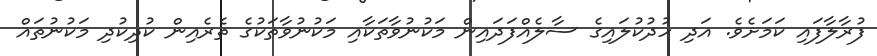
ފުރާލާފައި ކަމަށެވެ. އަދި ހުދުކުލައިގެ ސާލެއްފަދައިން މަކުނުވާތަކާއި މަކުނުވާތަކުގެ ތެރެއިން ކުދިކުދި މަކުނުތައް